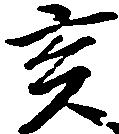
亥